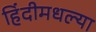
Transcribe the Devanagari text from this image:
हिंदीमधल्या